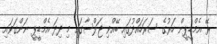
ރޭ އެމްޑީޕީން ހަރުގެ ސަރަހައްދުގައި ބޭއްވި ޖަލްސާގައި މި ދިދަ އެމްޑީޕީ ނަންގަވައި